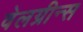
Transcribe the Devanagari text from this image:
वेलग्रीन्स